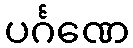
ပင်္ဂဏေ